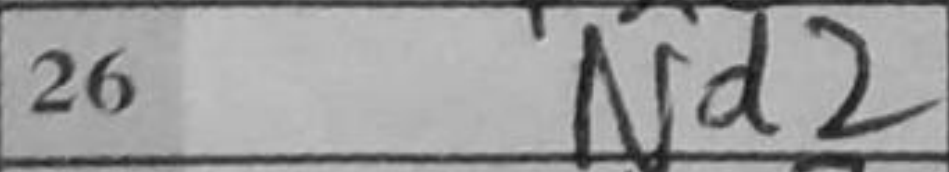
Transcription: Nd2